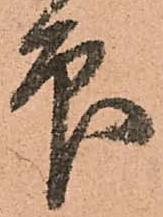
印